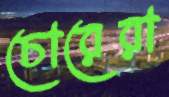
চোরেরা